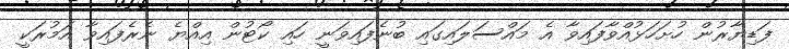
ފަޑިޔާރުން ހުށަހަޅުއްވާފައިވާ އެ މައްސަލައިގައި ބުނެފައިވަނީ ހައި ކޯޓުން އިއްޔެ ނެރެފައިވާ އަމުރަކީ